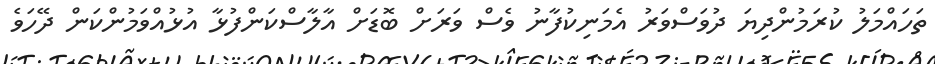
ތަހައްމަލު ކުރަމުންދިޔަ ދުވަސްވަރު އެމަނިކުފާނު ވެސް ވަރަށް ބޮޑަށް އާލާސްކަންފުޅާ އުޅުއްވަމުންކަން ދޭހަވެ